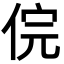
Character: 俒